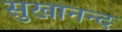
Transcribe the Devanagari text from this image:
सुखानन्द